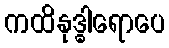
ကထိနုဒ္ဓါရောပေ